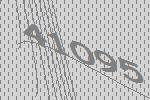
41095